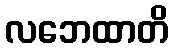
လဘေထာတိ